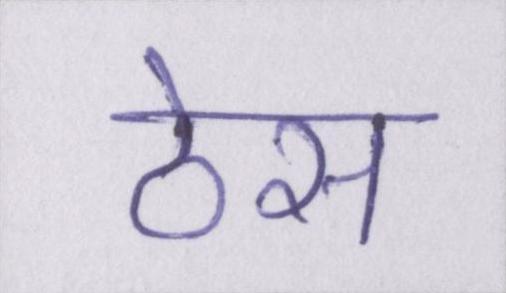
ठेस